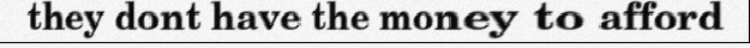
they dont have the money to afford